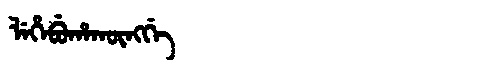
Manchu: ᠯᡝᡥᡝᠪᡠᡥᠠᡴᡡᠩᡤᡝ
Romanization: LEHEBUHAKŪNGGE